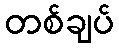
တစ်ချပ်